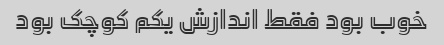
خوب بود فقط اندازش یکم کوچک بود